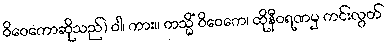
ဝိဝေကောဆိုသည်) ဝါ၊ ကား။ တသ္မိံ ဝိဝေကေ၊ ထိုနီဝရဏမှ ကင်းလွတ်